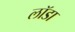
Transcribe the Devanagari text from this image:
लॉडा